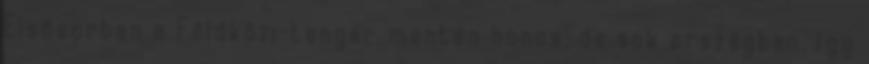
Elsősorban a Földközi-tenger mentén honos, de sok országban, így